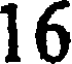
16